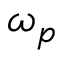
\omega _ { p }